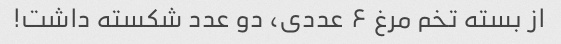
از بسته تخم مرغ ۶ عددی، دو عدد شکسته داشت!